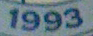
1993